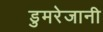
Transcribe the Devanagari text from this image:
डुमरेजानी